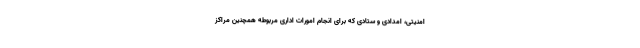
امنیتی، امدادی و ستادی که برای انجام امورات اداری مربوطه همچنین مراکز